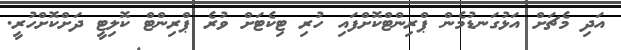
އަދި މެޗަށް އަޅުގަނޑުމެން ޕްރިންޓްކޮށްފައި ހުރި ޓިކެޓަށް ވުރެ ޕްރިންޓް ކޮލިޓީ ދަށްކޮށްހުރީ.